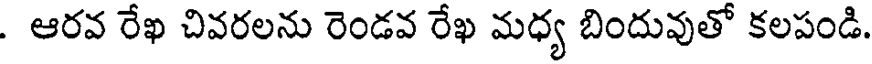
. ఆరవ రేఖ చివరలను రెండవ రేఖ మధ్య బిందువుతో కలపండి.